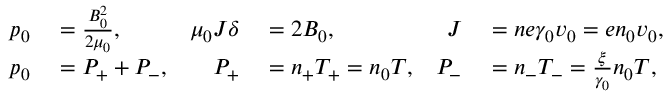
\begin{array} { r l r l r l } { p _ { 0 } } & { { } = \frac { B _ { 0 } ^ { 2 } } { 2 \mu _ { 0 } } , } & { \mu _ { 0 } J \delta } & { { } = 2 B _ { 0 } , } & { J } & { { } = n e \gamma _ { 0 } v _ { 0 } = e n _ { 0 } v _ { 0 } , } \\ { p _ { 0 } } & { { } = P _ { + } + P _ { - } , } & { P _ { + } } & { { } = n _ { + } T _ { + } = n _ { 0 } T , } & { P _ { - } } & { { } = n _ { - } T _ { - } = \frac { \xi } { \gamma _ { 0 } } n _ { 0 } T , } \end{array}